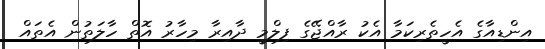
އިންޑިއާގެ އެހީތެރިކަމާ އެކު ރާއްޖޭގެ ފިލްމީ ދާއިރާ މިހާރު އޮތް ހާލަތުން އެތައް